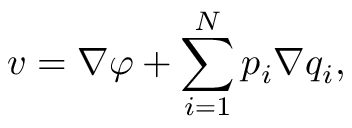
\boldsymbol { v } = \nabla \varphi + \sum _ { i = 1 } ^ { N } p _ { i } \nabla q _ { i } ,